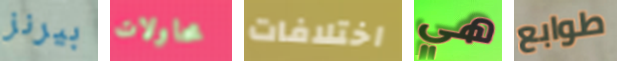
بيرنز محاولات اختلافات هي طوابع